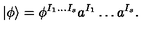
| \phi \rangle = \phi ^ { I _ { 1 } \ldots I _ { s } } a ^ { I _ { 1 } } \ldots a ^ { I _ { s } } .